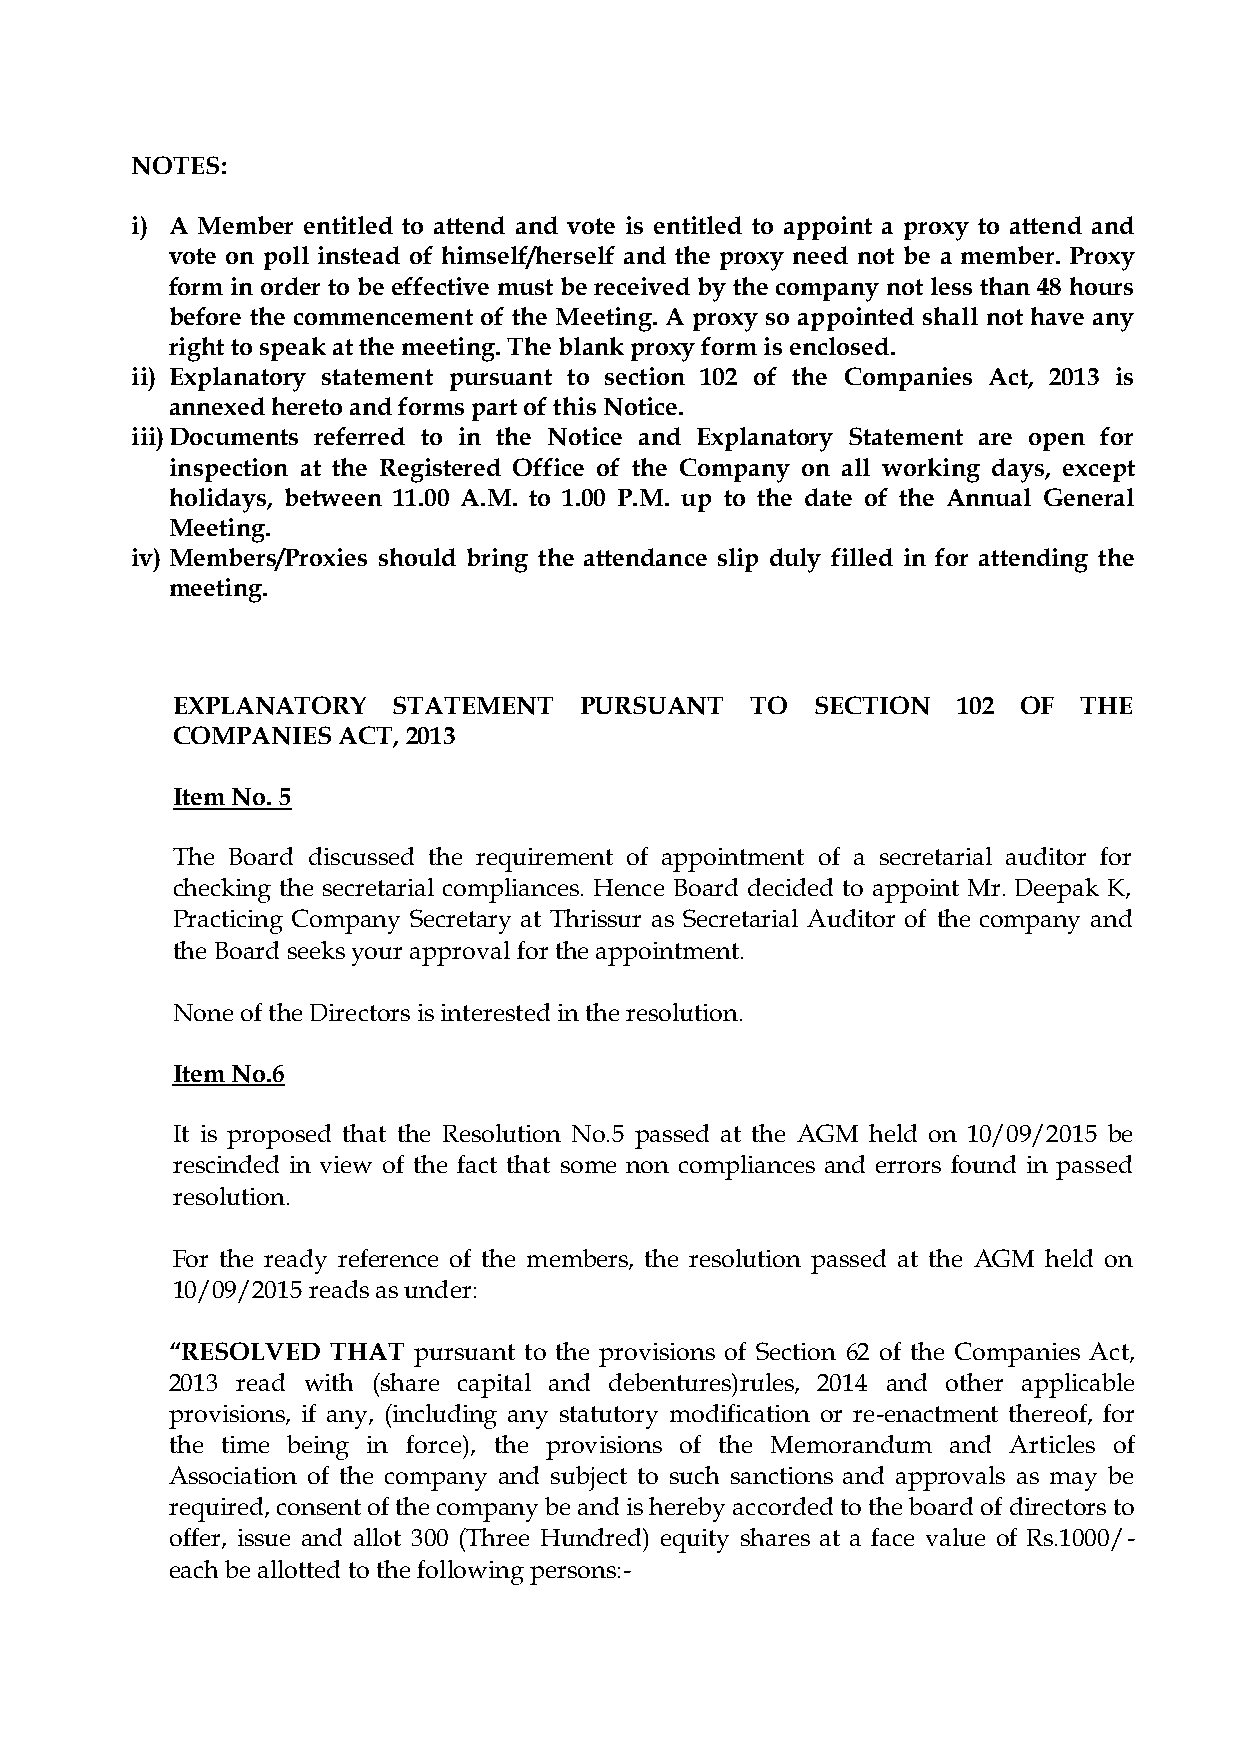
NOTES:
 i) A Member entitled to attend and vote is entitled to appoint a proxy to attend and
 vote on poll instead of himself/herself and the proxy need not be a member. Proxy
 form in order to be effective must be received by the company not less than 48 hours
 before the commencement of the Meeting. A proxy so appointed shall not have any
 right to speak at the meeting. The blank proxy form is enclosed.
 ii) Explanatory statement pursuant to section 102 of the Companies Act, 2013 is
 annexed hereto and forms part of this Notice.
 iii) Documents referred to in the Notice and Explanatory Statement are open for
 inspection at the Registered Office of the Company on all working days, except
 holidays, between 11.00 A.M. to 1.00 P.M. up to the date of the Annual General
 Meeting.
 iv) Members/Proxies should bring the attendance slip duly filled in for attending the
 meeting.
 EXPLANATORY    STATEMENT   PURSUANT    TO  SECTION  102 OF  THE
 COMPANIES  ACT, 2013
 Item No. 5
 The Board discussed the requirement of appointment of a secretarial auditor for
 checking the secretarial compliances. Hence Board decided to appoint Mr. Deepak K,
 Practicing Company Secretary at Thrissur as Secretarial Auditor of the company and
 the Board seeks your approval for the appointment.
 None of the Directors is interested in the resolution.
 Item No.6
 It is proposed that the Resolution No.5 passed at the AGM held on 10/09/2015 be
 rescinded in view of the fact that some non compliances and errors found in passed
 resolution.
 For the ready reference of the members, the resolution passed at the AGM held on
 10/09/2015 reads as under:
 “RESOLVED  THAT pursuant to the provisions of Section 62 of the Companies Act,
 2013 read with (share capital and debentures)rules, 2014 and other applicable
 provisions, if any, (including any statutory modification or re-enactment thereof, for
 the time being in force), the provisions of the Memorandum and Articles of
 Association of the company and subject to such sanctions and approvals as may be
 required, consent of the company be and is hereby accorded to the board of directors to
 offer, issue and allot 300 (Three Hundred) equity shares at a face value of Rs.1000/-
 each be allotted to the following persons:-